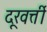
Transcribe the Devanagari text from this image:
दूरवर्त्ती